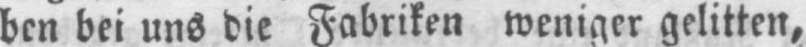
ben bei uns die Fabriken weniger gelitten,